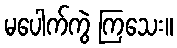
မပေါက်ကွဲ ကြသေး။